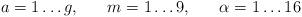
LaTeX: \begin{align*}a = 1 \ldots g, \; \; \; \; \; \; m = 1 \ldots 9, \; \; \; \; \; \; \alpha = 1 \ldots 16\end{align*}